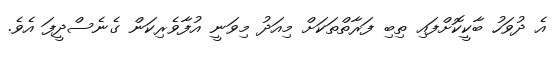
އެ ދުވަހު ބާކީކޮށްފައި ތިބި ފަރާތްތަކަށް މިއަދު މިވަނީ އުފާވެރިކަން ގެނެސްދީފަ އެވެ.